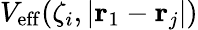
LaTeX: V_{\mathrm{eff}}(\zeta_{i},|\mathbf{r}_{1}-\mathbf{r}_{j}|)